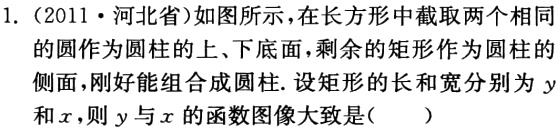
1. (2011·河北省)如图所示，在长方形中截取两个相同的圆作为圆柱的上、下底面，剩余的矩形作为圆柱的侧面，刚好能组合成圆柱. 设矩形的长和宽分别为\(y\)和\(x\)，则\(y\)与\(x\)的函数图像大致是( )